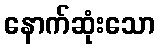
နောက်ဆုံးသော